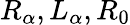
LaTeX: R_{\alpha},L_{\alpha},R_{0}